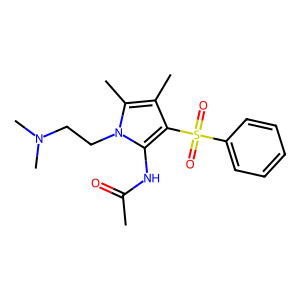
SMILES: CC(=O)Nc1c(S(=O)(=O)c2ccccc2)c(C)c(C)n1CCN(C)C
Inhibits HIV replication: No